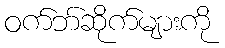
ဝက်ဘ်ဆိုက်များကို